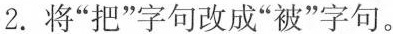
2.将”把”字句改成”被”字句。